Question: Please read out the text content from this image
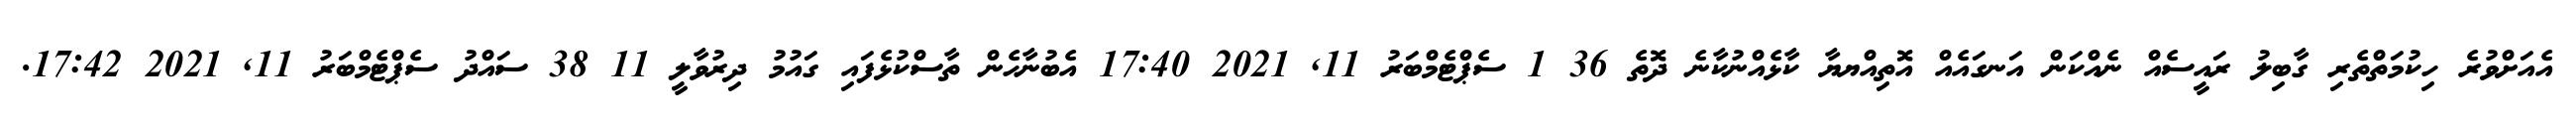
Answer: އެއަށްވުރެ ހިކުމަތްތެރި ގާބިލު ރައީސެއް ނެއްކަން އަނގައެއް އޮތިއްޔޔާ ކާޅެއްނުކާނެ ދޮތެ 36 1 ސެޕްޓެމްބަރު 11, 2021 17:40 އެބުނާހެން ތާސްކުޅެފައި ގައުމު ދިރުވާލީ 11 38 ސައްދު ސެޕްޓެމްބަރު 11, 2021 17:42.